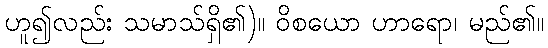
ဟူ၍လည်း သမာသ်ရှိ၏)။ ဝိစယော ဟာရော၊ မည်၏။